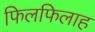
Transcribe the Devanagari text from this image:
फिलफिलाह